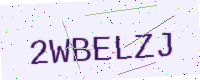
Text: 2WBELZJ